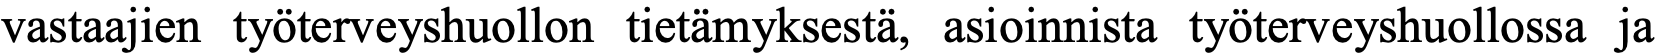
vastaajien työterveyshuollon tietämyksestä, asioinnista työterveyshuollossa ja